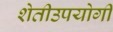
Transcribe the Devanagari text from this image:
शेतीउपयोगी